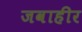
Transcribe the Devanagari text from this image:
जवाहीर